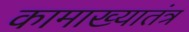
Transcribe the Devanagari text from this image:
कामाख्यातंत्र